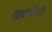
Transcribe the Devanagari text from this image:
विषमदिनी